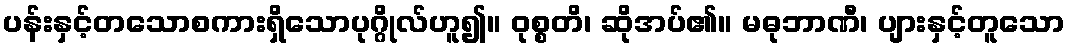
ပန်းနှင့်တသောစကားရှိသောပုဂ္ဂိုလ်ဟူ၍။ ဝုစ္စတိ၊ ဆိုအပ်၏။ မဓုဘာဏီ၊ ပျားနှင့်တူသော